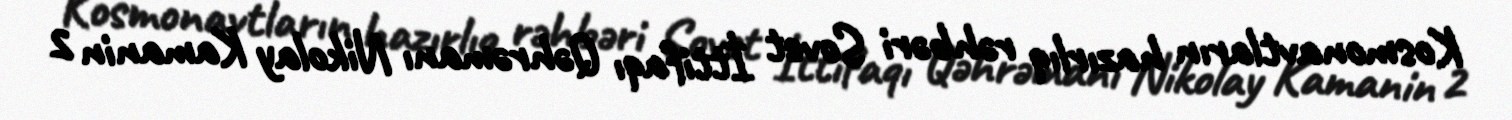
Kosmonavtların hazırlıq rəhbəri Sovet İttifaqı Qəhrəmanı Nikolay Kamanin 2